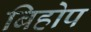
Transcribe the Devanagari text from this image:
बिहोप